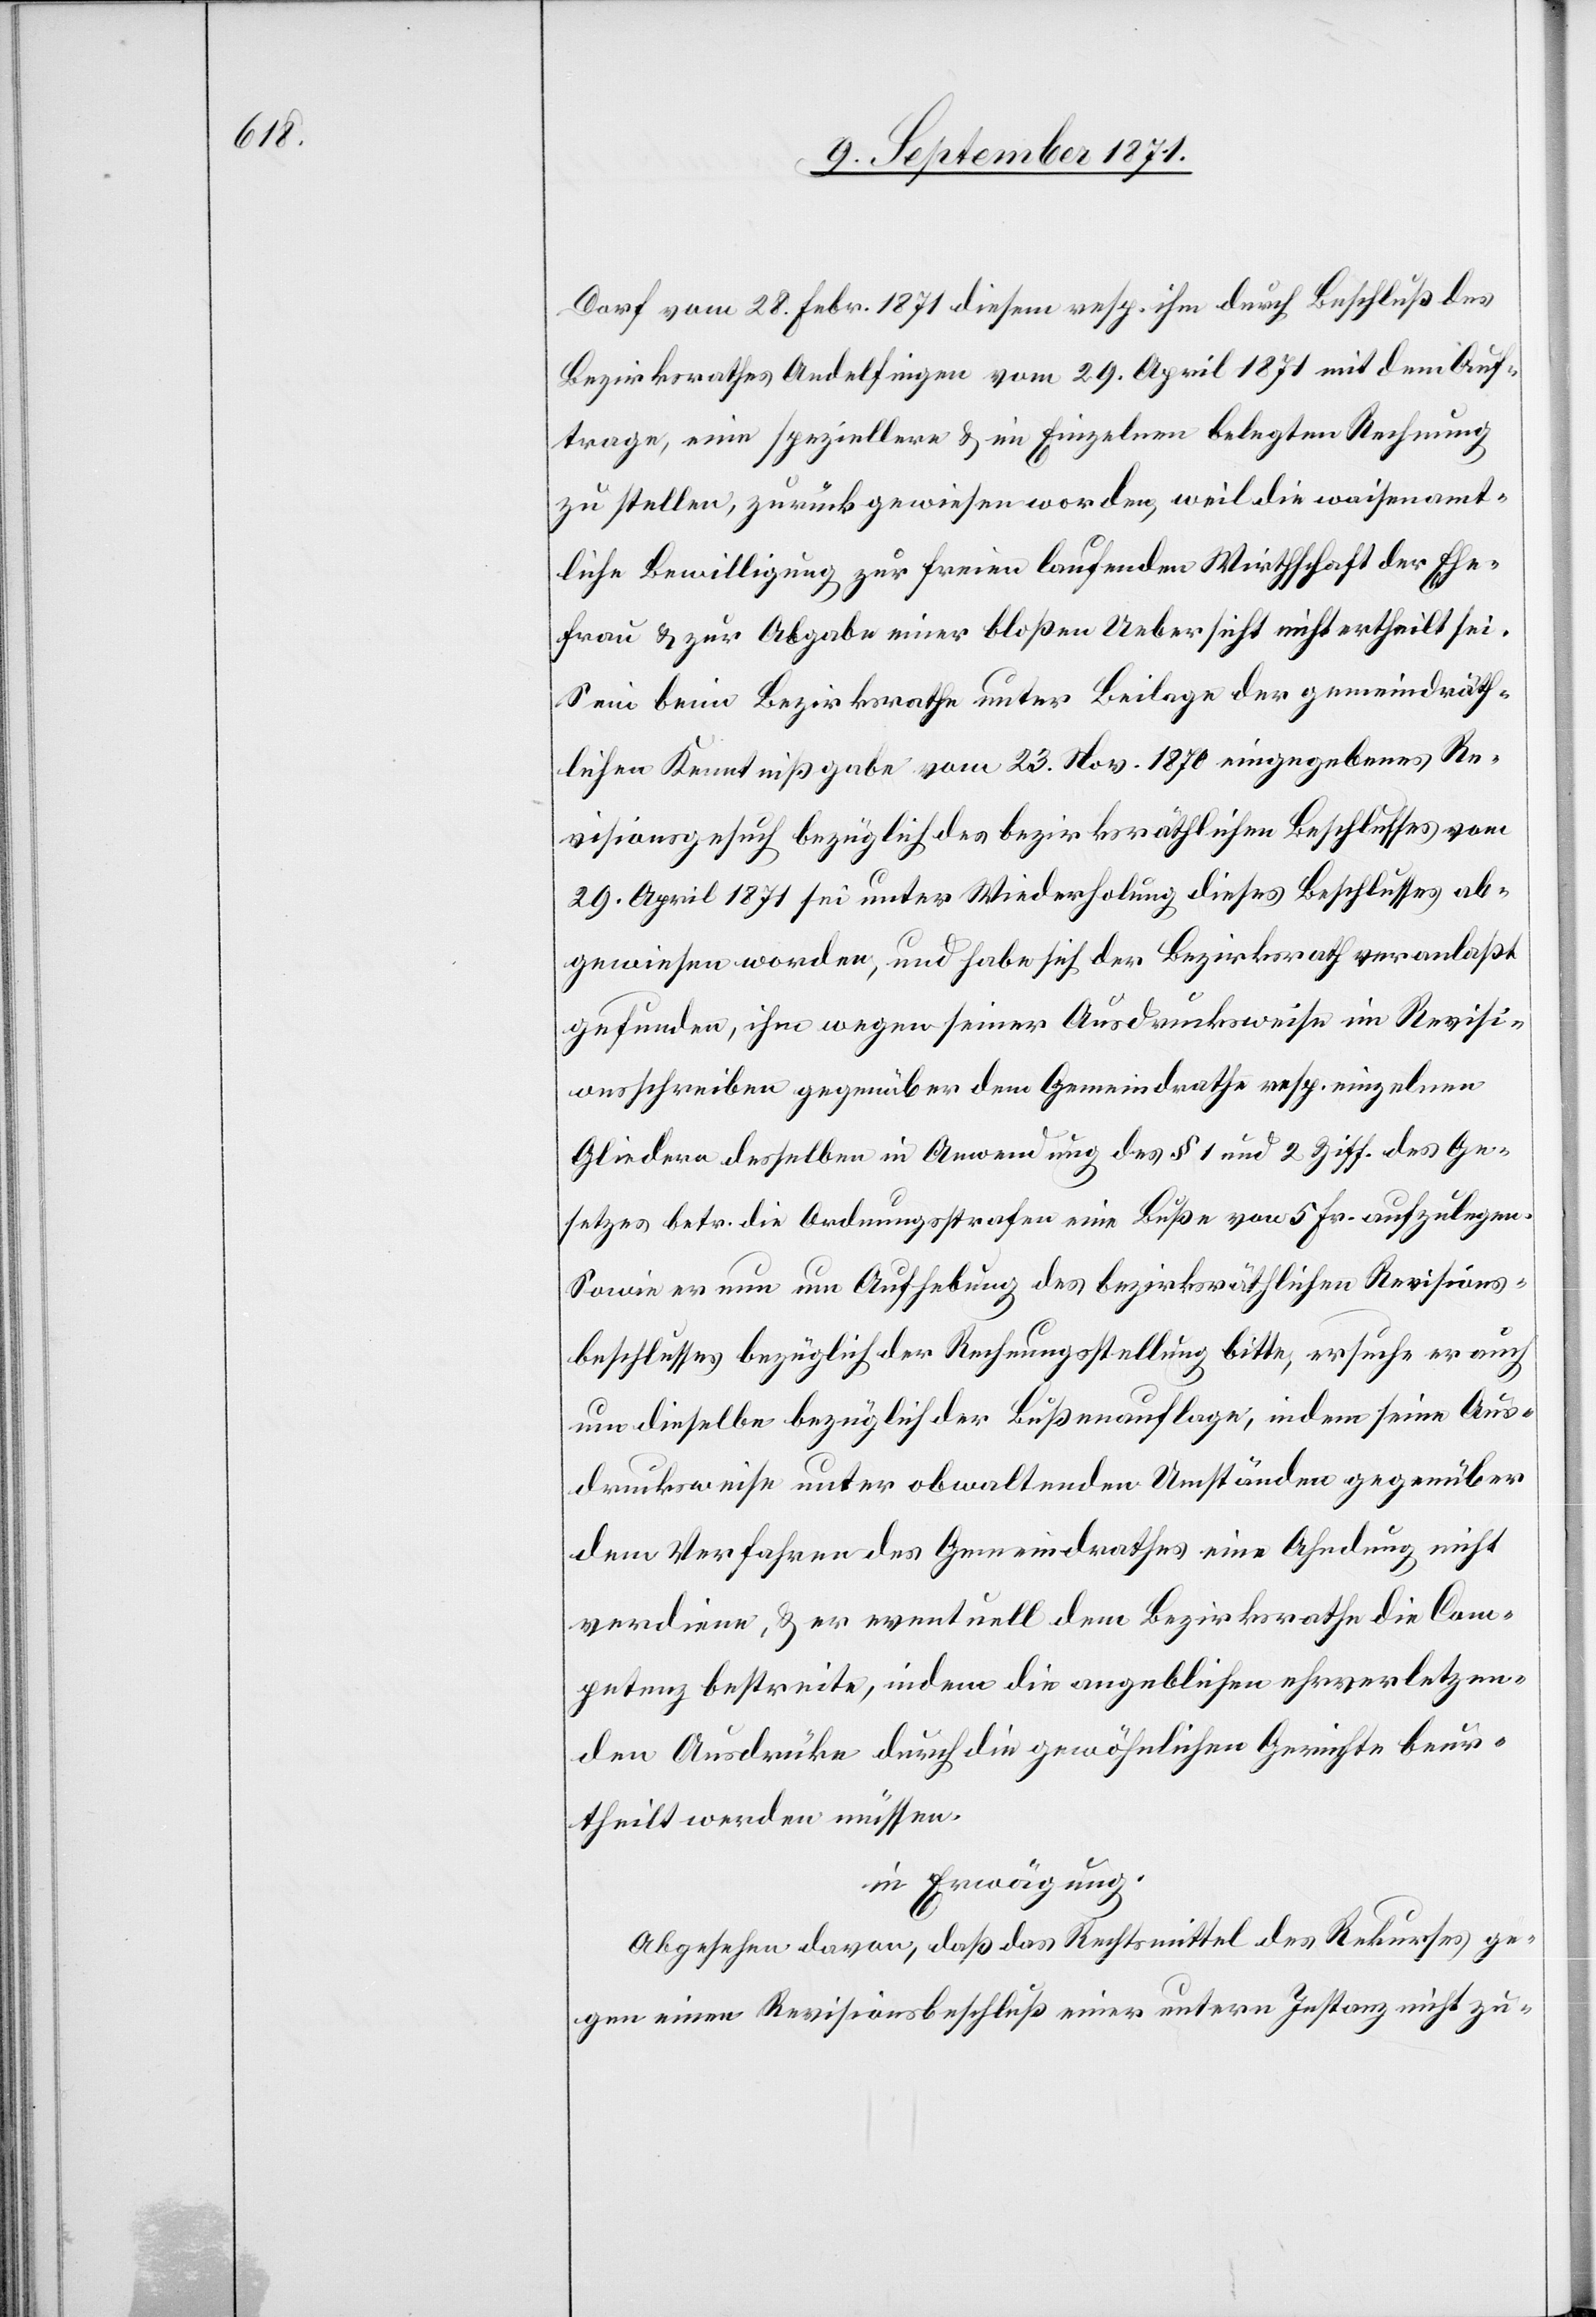
Dorf vom 28. Febr. 1871 diesem resp. ihm durch Beschluß des
Bezirksrathes Andelfingen vom 29. April 1871 mit dem Auf¬
trage, eine speziellere & im Einzelnen belegten Rechnung
zu stellen, zurückgewiesen worden, weil die waisenamt¬
liche Bewilligung zur freien laufenden Wirtschaft der Ehe¬
frau & zur Abgabe einer bloßen Uebersicht nicht ertheilt sei.
Sein beim Bezirksrath unter Beilage der gemeindräth¬
lichen Kenntnißgabe vom 23. Nov. 1870 eingegebenes Re¬
visionsgesuch bezüglich des bezirksräthlichen Beschlusses vom
29. April 1871 sei unter Wiederholung dieses Beschlusses ab¬
gewiesen worden, und habe sich der Bezirksrath veranlaßt
gefunden, ihm wegen seiner Ausdrucksweise im Revisi¬
onsschreiben gegenüber dem Gemeindrath resp. einzelner
Glieder desselben in Anwendung des § 1 und 2 Ziff. des Ge¬
setzes betr. die Ordnungsstrafen eine Buße von 5 Fr. aufzulegen.
Sowie er nun um Aufhebung des bezirksräthlichen Revisions¬
beschlusses bezüglich der Rechnungsstellung bitte, ersuche er auch
um dieselbe bezüglich der Bußenauflage, indem seine Aus¬
drucksweise unter obwaltenden Umständen gegenüber
dem Verfahren des Gemeindrathes eine Ahndung nicht
verdienen, & er eventuell dem Bezirksrath die Com¬
petenz bestreite, indem die angeblichen ehrverletzen¬
den Ausdrücke durch die gewöhnlichen Gerichte beur¬
theilt werden müssen.
in Erwägung:
Abgesehen davon, daß das Rechtsmittel des Rekurses ge¬
gen einen Revisionsbeschluß einer unteren Instanz nicht zu-